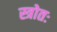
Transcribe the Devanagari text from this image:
स्त्रोतः